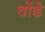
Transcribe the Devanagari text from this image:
चोंढे